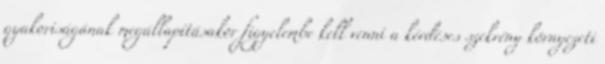
gyakoriságának megállapításakor figyelembe kell venni a kérdéses szekrény környezeti